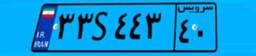
۹۰S۲۴۰۸۹